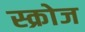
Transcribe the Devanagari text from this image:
स्क्रोज